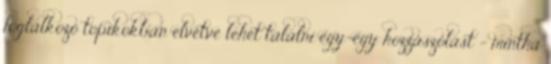
foglalkozó topikokban elvétve lehet találni egy-egy hozzászólást - mintha